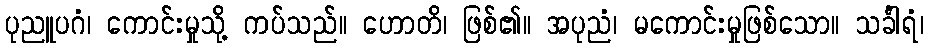
ပုညူပဂံ၊ ကောင်းမှုသို့ ကပ်သည်။ ဟောတိ၊ ဖြစ်၏။ အပုညံ၊ မကောင်းမှုဖြစ်သော။ သင်္ခါရံ၊